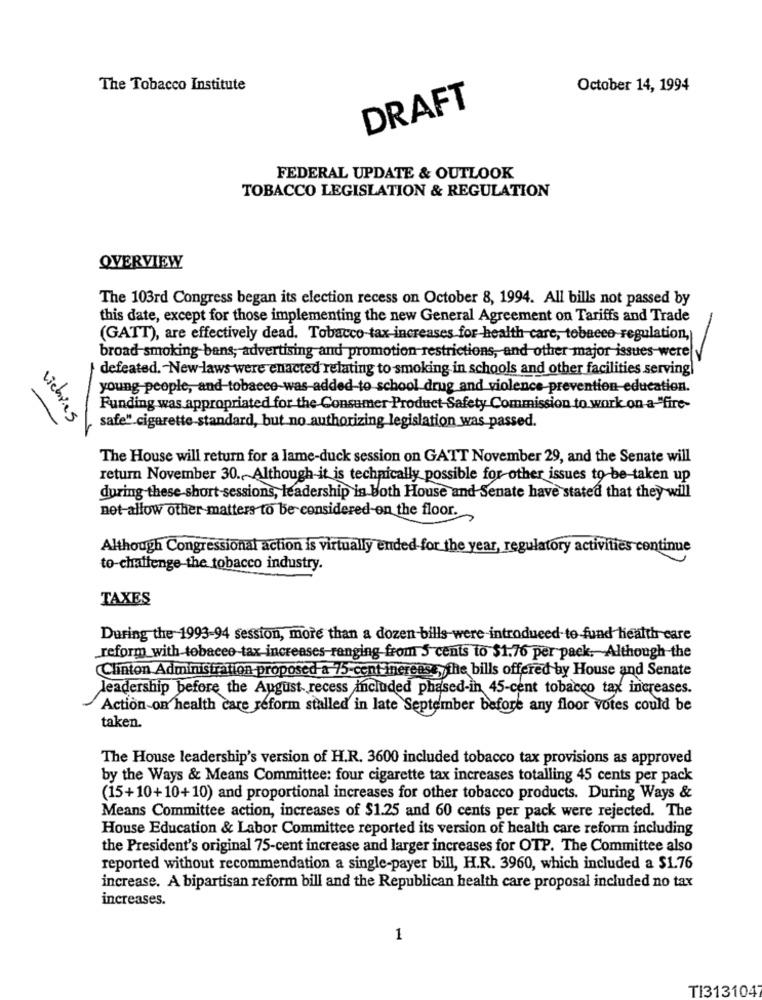
The Tobacco Institute
October 14, 1994
DRAFT
FEDERAL UPDATE & OUTLOOK
TOBACCO LEGISLATION & REGULATION
OVERVIEW
The 103rd Congress began its election recess on October 8, 1994. All bills not passed by
this date, except for those implementing the new General Agreement on Tariffs and Trade
(GATT), are effectively dead. Tobacco-tax-increases for health care, tobacco regulation,
broad-smoking-bans, advertising and promotion restrictions, and other major issues-werely
defeated. - New laws were enacted relating to smoking in schools and other facilities serving
young people, and-tobacee-was-added-to school drug and violence prevention-education.
Funding was appropriated for the Consumer Product Safety Commission to work on a-"fire-
liebres
safe" cigarette-standard, but no authorizing legislation was passed.
The House will return for a lame-duck session on GATT November 29, and the Senate will
return November 30 ., Although it is technically possible for other issues to-be taken up
during these-short -sessions, leadership in both House and Senate have stated that they will
net-allow other matters to be considered-on the floor.
Although Congressional action is virtually ended for the year, regulatory activities continue
to-challenge the tobacco industry.
TAXES
During the 1993-94 session, more than a dozen bills were introduced to fund health care
reform with tobacco tax increases-ranging from 5 cents to $1.76 per pack, Although the
Clinton Administration proposed a 75-cent inereass, the bills offered by House and Senate
leadership before the August, recess included phased-in 45-cent tobacco tax increases.
Action-on health care reform stalled in late September before any floor votes could be
taken.
The House leadership's version of H.R. 3600 included tobacco tax provisions as approved
by the Ways & Means Committee: four cigarette tax increases totalling 45 cents per pack
(15+10+10+10) and proportional increases for other tobacco products. During Ways &
Means Committee action, increases of $1.25 and 60 cents per pack were rejected. The
House Education & Labor Committee reported its version of health care reform including
the President's original 75-cent increase and larger increases for OTP. The Committee also
reported without recommendation a single-payer bill, H.R. 3960, which included a $1.76
increase. A bipartisan reform bill and the Republican health care proposal included no tax
increases.
1
TI3131047